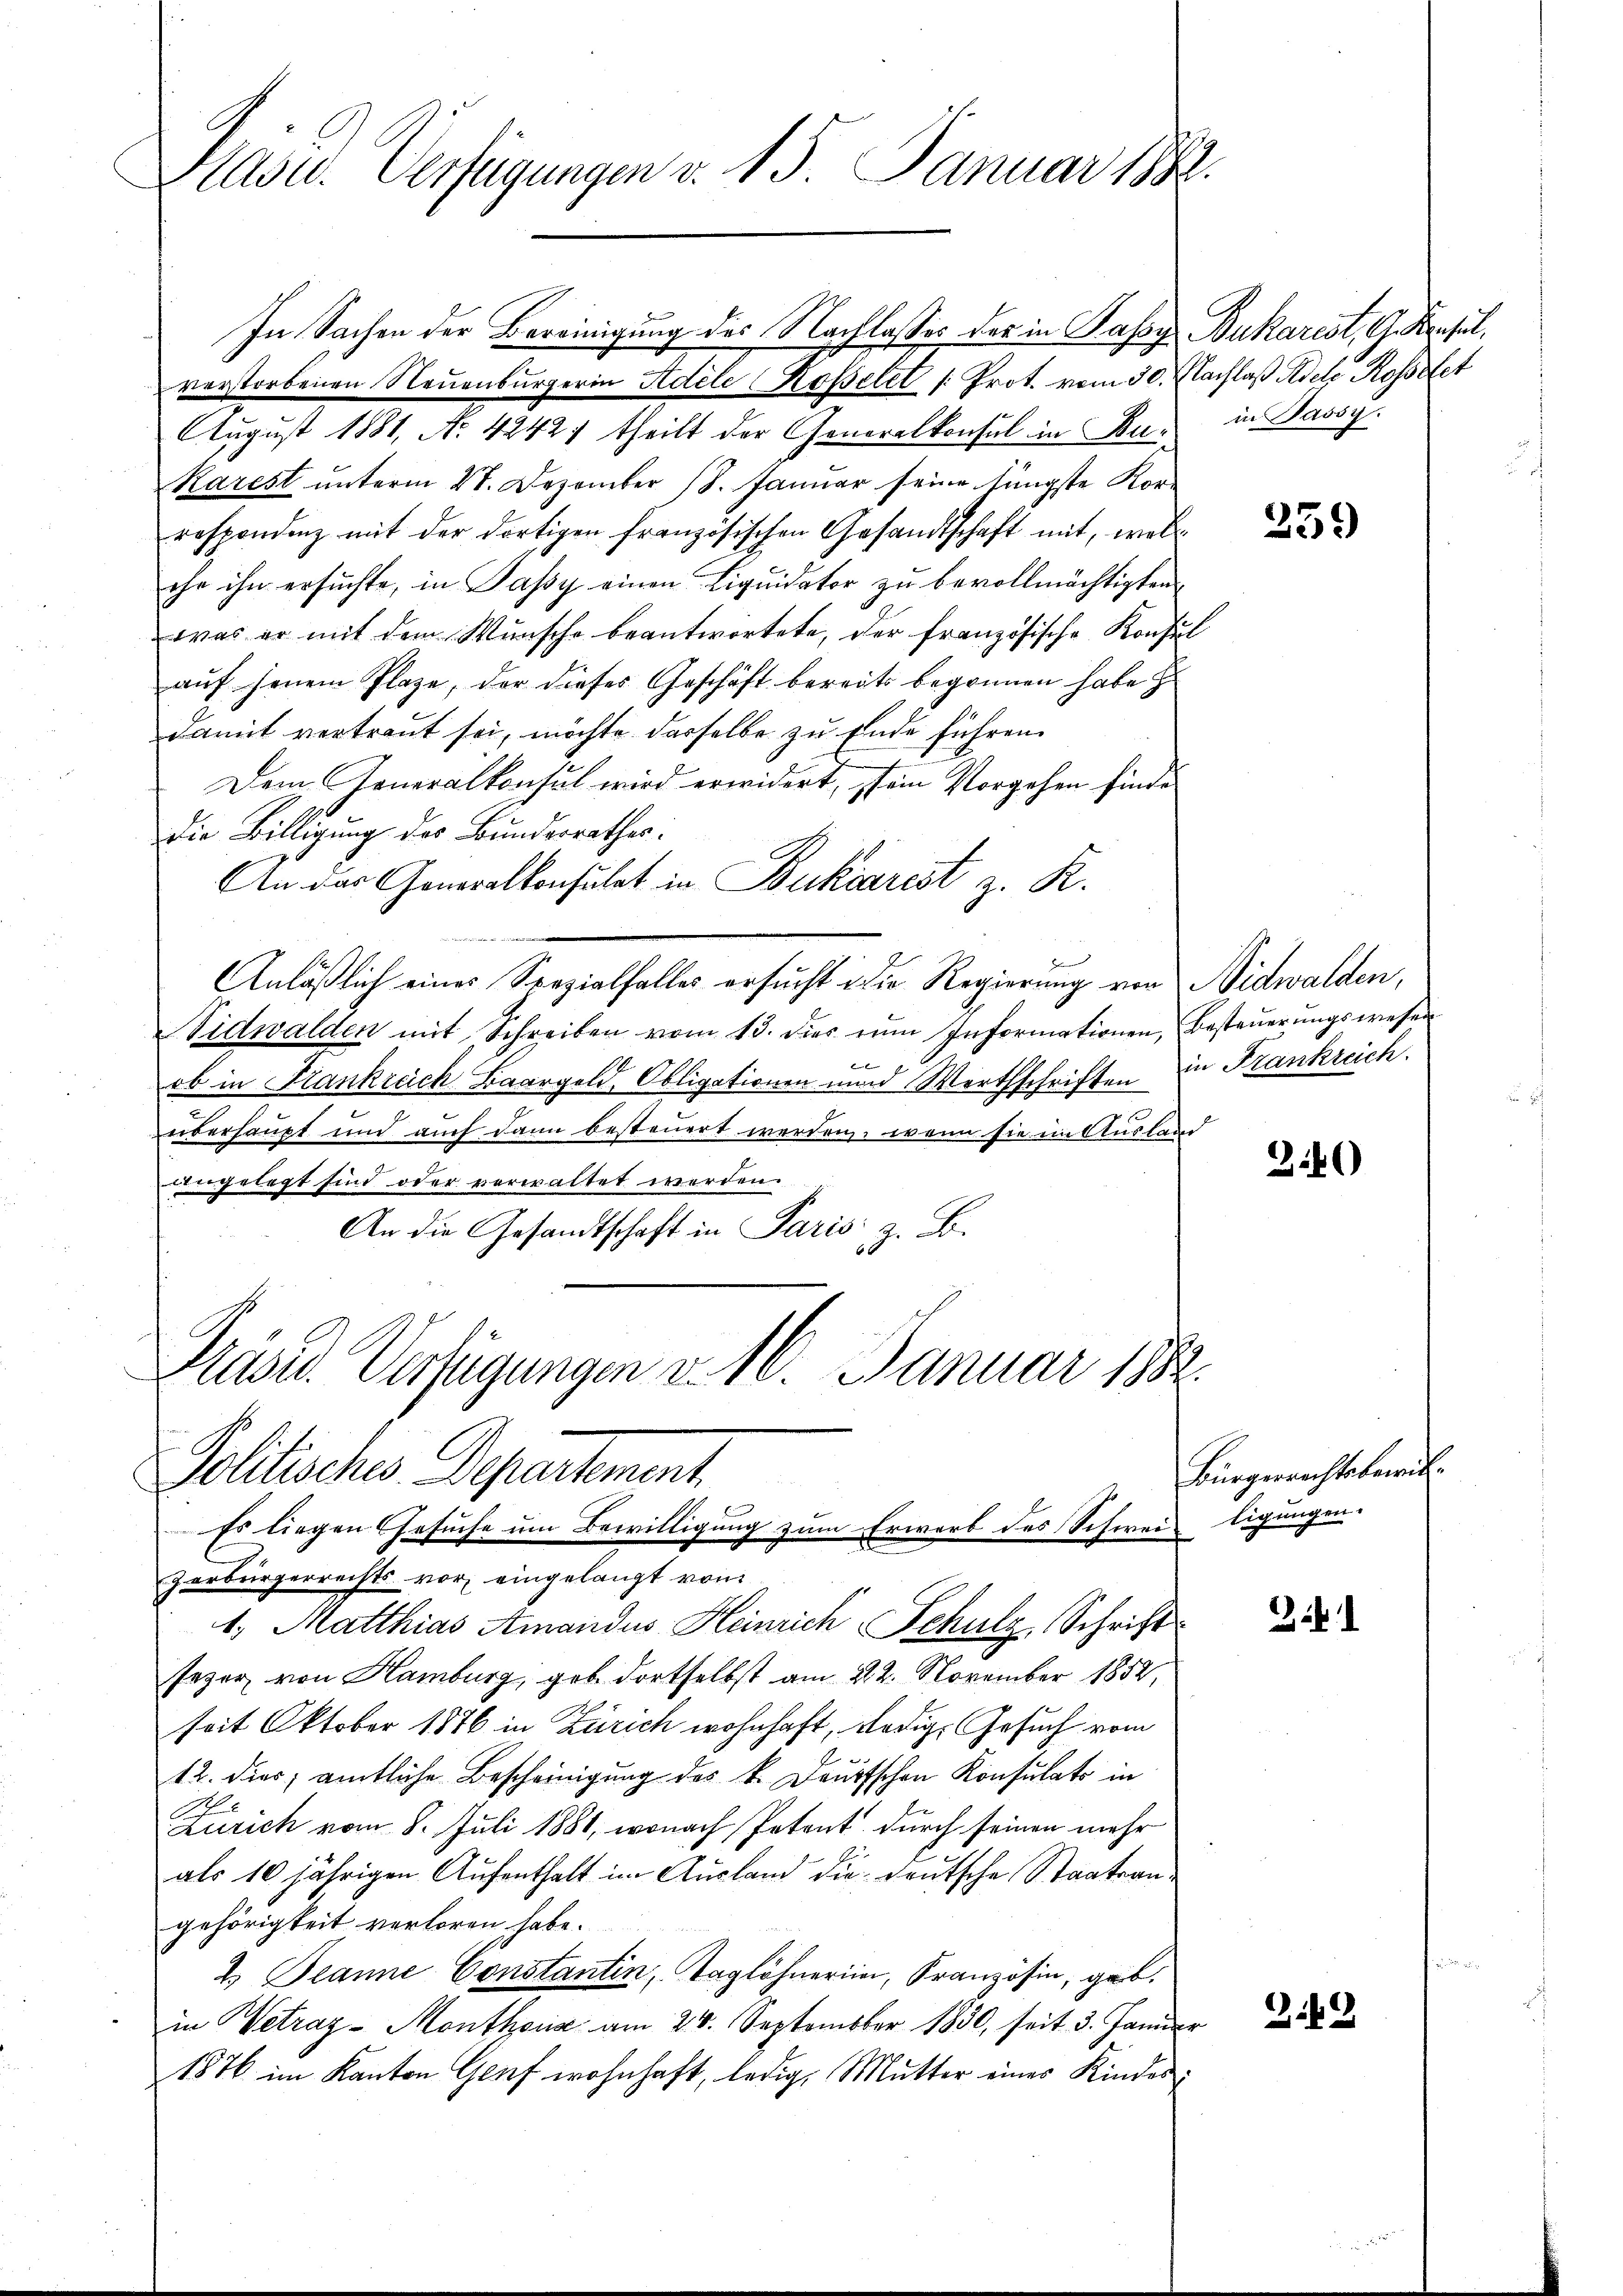
Käse Verfügungen v. 15. Januar 1882.

In Sachen der Bereinigung des Nachlasses der in Passy Bukarist, Gedenselverstorbenen Neuenburgerin Adele Kopelet /: Prot. vom 30. Nachlaß Adele Rosselet
August 1881, No 4242; theilt der Generalkonsul in Bu¬
Karest unterm 28. Dezember 18. Januar seine Jüngste Korrespondenz mit der dortigen französischen Gesandtschaft mit, welc
ehe ihn ersuchte, in Passy einen Liquidator zu bevollmächtigten
was er mit dem Wunsche beantwortete, der französische Konsul
auf seinem Plaze, der dieses Geschäft bereits begonnen habe
damit vertraut sei, möchte derselbe zu Ende führen.
Dem Generalkonsul wird erwidert, sein Vorgehen finde
die Billigung des Bundesrathes.
An der Generalkonsulat in Bukcarist z. R.
Anläßlich eines Spezialfalles ersucht die Regierung von Nidwalden,
Vidwalden mit Schreiben vom 13. dies zŭm Informationen, Besteŭerŭngswesen
e
ob in Frankreich Baargeld, Obligationen unnd Wortschriften in Frankreich.
überhaupt und auch dann besteuert werden, wenn sie im Ausland
angelegt sind oder verwaltet werden.
An die Gesandtschaft in Paris z. B.

Präsid. Verfügungen v. 16. Januar 1882.
Politisches Departement.
Es liegen Gesuche um Bewilligung zum Erwerb des Schweiligungen-

zerbürgerrechts vor, eingelangt von
1. Matthias Amandus Heinrich Schulz, Schrift
seger von Hamburg, geb. dortselbst am 22. November 1852,
seit Oktober 1876 in Zürich wohnhaft, ledige Gesuch vom
12. dies amtliche Bescheinigung des k. Deutschen Konsulato in
Zürich vom 8. Juli 1881, wonach Petent durch seinen mehr
als 10 jährigen Aufenthalt im Ausland die deutsche Staatsangehörigkeit verloren habe.
2. Peanne Constantin, Taglöhnerin, Französin, geb.
in Wetraz-Monthonia am 24. September 1830, seit 3. Januar
1876 im Kanton Genf wohnhaft, ledig, Mutter eines Kinder¬

in Jassy

259

340)

Bürgerrechtsbewil¬

3.9